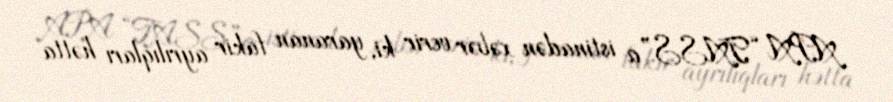
APA “TASS”a istinadən xəbər verir ki, yaranan fakir ayrılıqları hətta